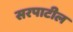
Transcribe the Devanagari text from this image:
सरपाटील